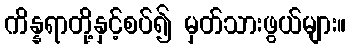
ကိန္နရာတို့နှင့်စပ်၍ မှတ်သားဖွယ်များ။